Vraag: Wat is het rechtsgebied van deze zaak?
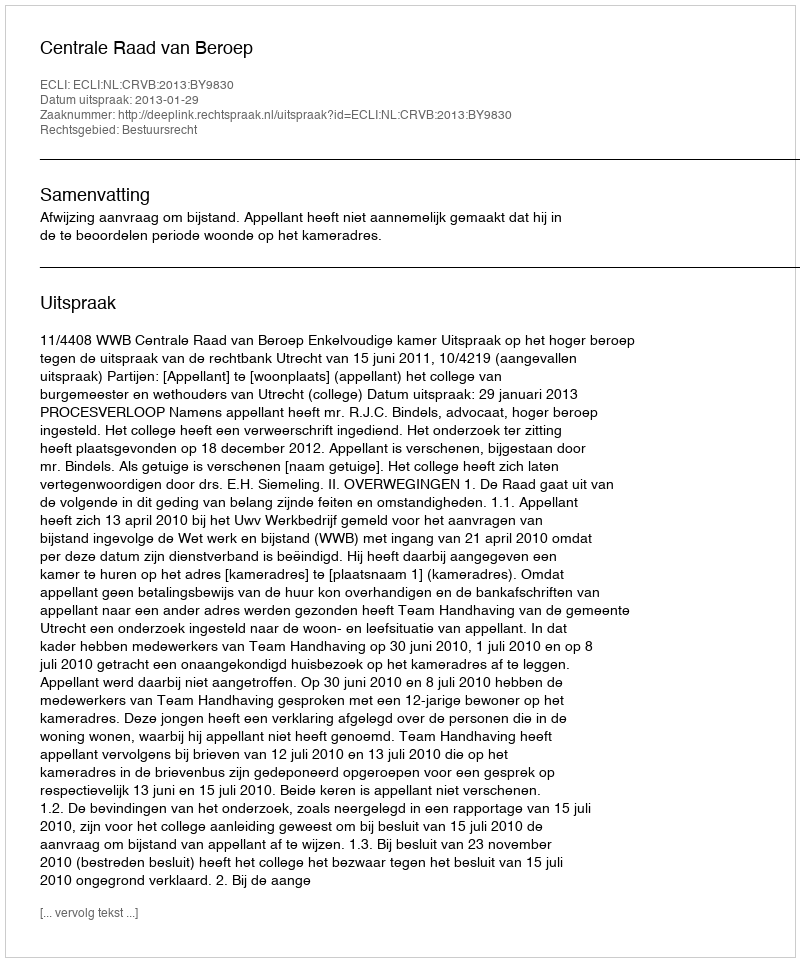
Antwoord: Bestuursrecht